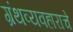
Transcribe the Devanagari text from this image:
ग्रंथव्यवहाराचे